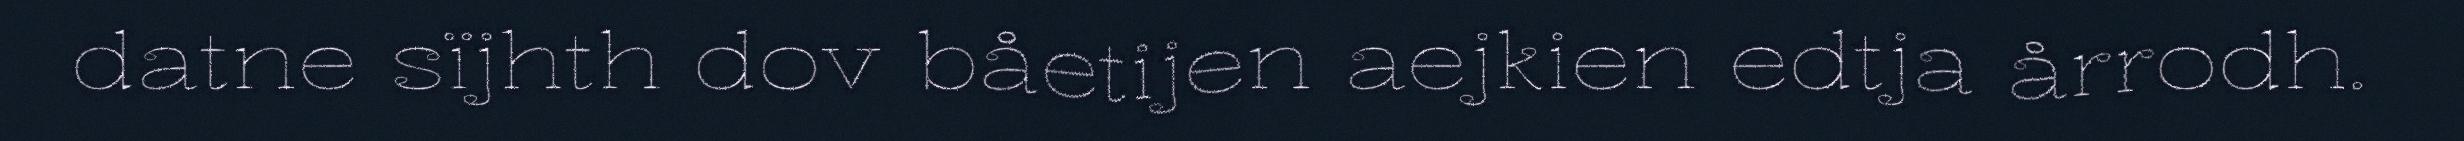
datne sïjhth dov båetijen aejkien edtja årrodh.